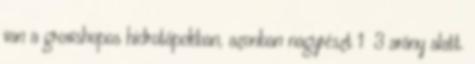
van a growshopos hidrotápokban, azonban nagyrészt 1 3 arány alatt.